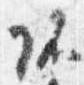
諸